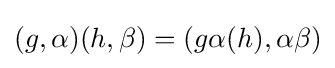
(g,\alpha )(h,\beta )=(g\alpha (h),\alpha \beta )